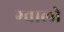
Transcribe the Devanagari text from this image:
ग्‍वालो